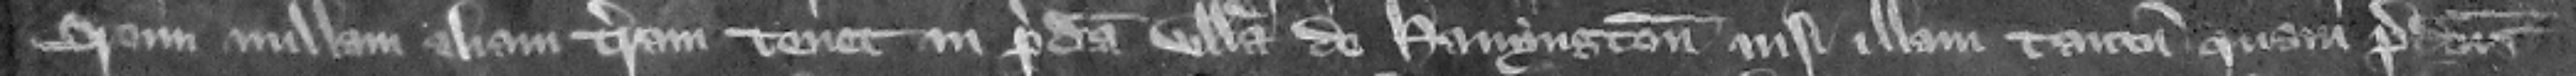
Broun nullam aliam terram tenet in predicta villa de Hanyngton nisi illam tantum quam predictus